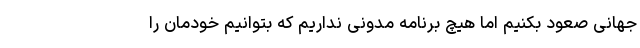
جهانی صعود بکنیم اما هیچ برنامه‌ مدونی نداریم که بتوانیم خودمان را